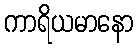
ကာရိယမာနော